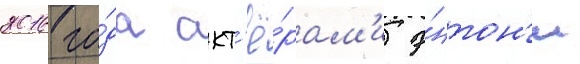
2016 го́да акт'ё́рам'и э́нтон'и